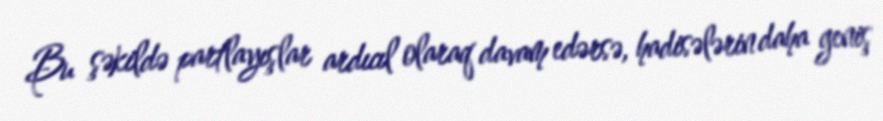
Bu şəkildə partlayışlar ardıcıl olaraq davam edərsə, hadisələrin daha geniş